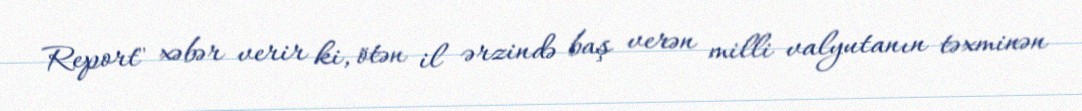
Report" xəbər verir ki, ötən il ərzində baş verən milli valyutanın təxminən